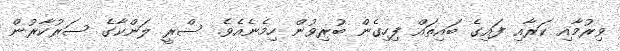
ވިރުމާއި ކަރާއި ފައިގެ ބައިތައް ފިހިގެން ބުރިވުން ހިމެނެއެވެ. ސްރީ ލަންކާގެ ސަރުކާރުން